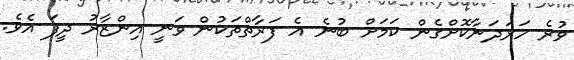
ވުރެ ހަރަދަނާކޮށްގެން ކަމަށް ބުނެ އެ ފަރާތްތަކުން ވަނީ އިންޒާރު ދީފަ އެވެ.